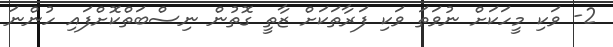
2- ވަކި މީހަކަށް ނުވަތަ ވަކި ފަރާތަކަށް ޒާތީ ގޮތުން ނިސްބަތްކޮށްފައި ހުންނަ